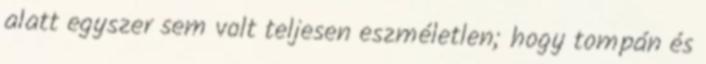
alatt egyszer sem volt teljesen eszméletlen; hogy tompán és